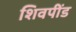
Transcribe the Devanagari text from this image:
शिवपींड